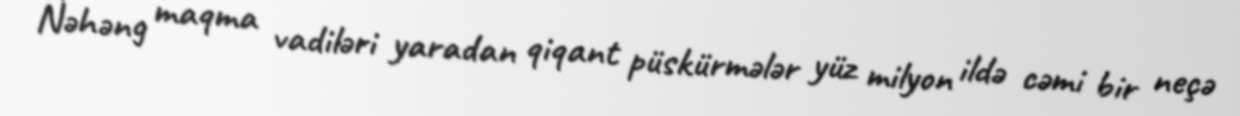
Nəhəng maqma vadiləri yaradan qiqant püskürmələr yüz milyon ildə cəmi bir neçə